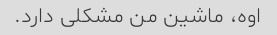
اوه، ماشین من مشکلی دارد.